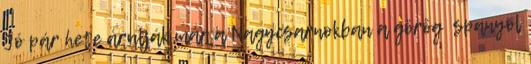
Jó pár hete árulják már a Nagycsarnokban a görög spanyol